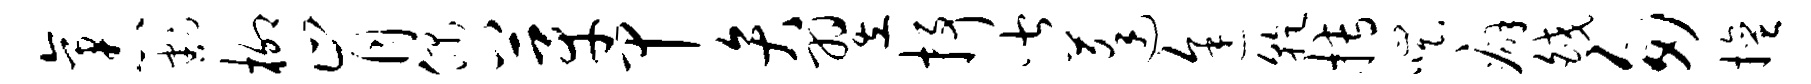
袤割柳肯偶芽甲弁翌抒皆蓬途干搏嗤癖皎匆擅